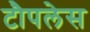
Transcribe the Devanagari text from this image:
टौपलेस